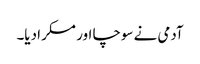
آدمی نے سوچا اور مسکرا دیا۔